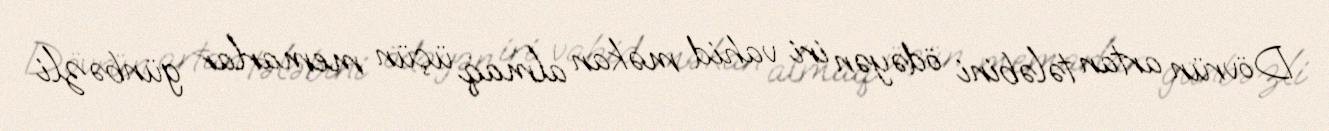
Dövrün artan tələbini ödəyən iri vahid məkan almaq üçün memarlar günbəzli